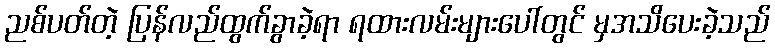
ညစ်ပတ်တဲ့ ပြန်လည်ထွက်ခွာခဲ့ရာ ရထားလမ်းများပေါ်တွင် မှအသိပေးခဲ့သည်